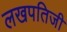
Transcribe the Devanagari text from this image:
लखपतिजी